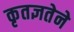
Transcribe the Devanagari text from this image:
कृतज्ञतेने